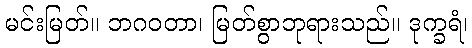
မင်းမြတ်။ ဘဂဝတာ၊ မြတ်စွာဘုရားသည်။ ဒုက္ခရံ၊